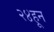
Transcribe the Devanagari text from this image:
२४हून